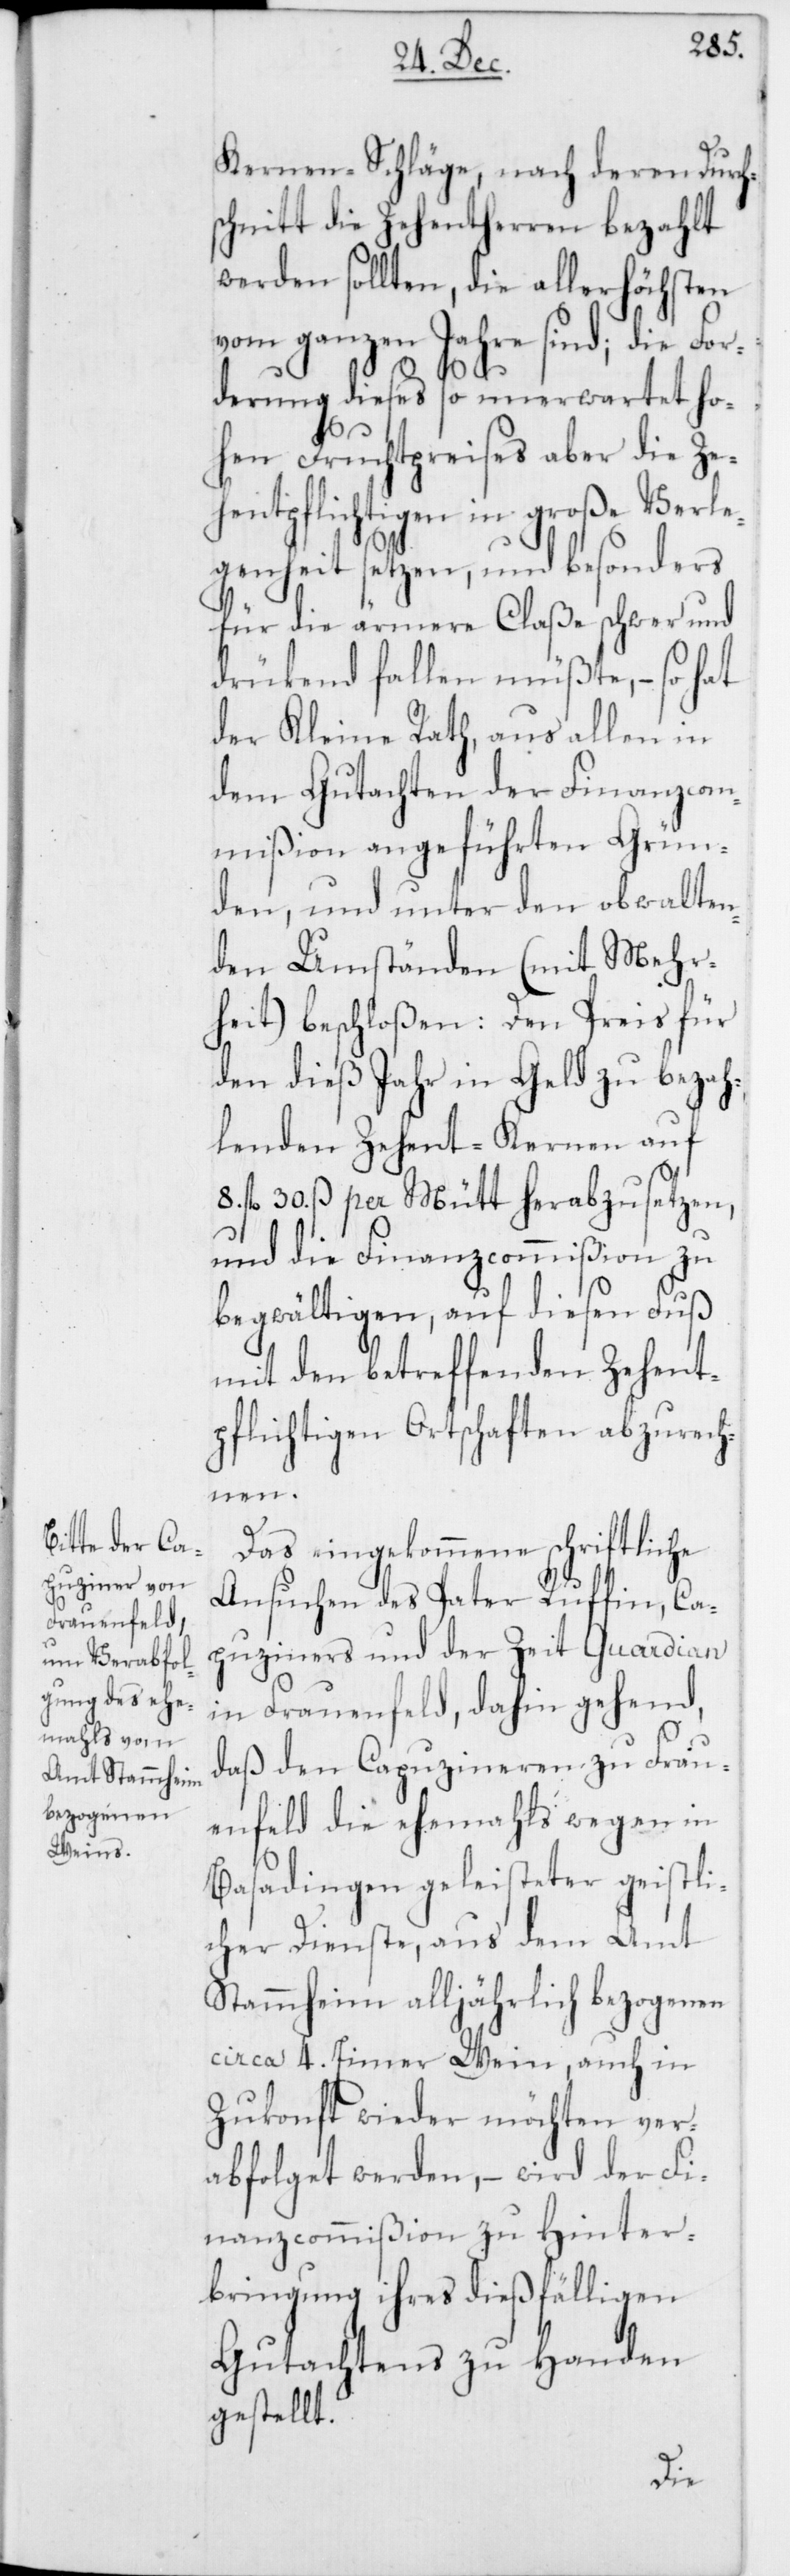
Kernen-Schläge, nach deren Durch¬
schnitt die Zehentherren bezahlt
werden sollten, die allerhöchsten
vom ganzen Jahre sind; die For¬
8.
derung dieses so unerwartet ho¬
hen Fruchtpreises aber die Ze¬
hentpflichtigen in große Verle¬
genheit setzen, und besonders
für die ärmere Claße schwer und
drükend fallen müßte, – so hat
der Kleine Rath, aus allen in
dem Gutachten der Finanzcom¬
mißion angeführten Grün¬
den, und unter den obwalten¬
den Umständen (mit Mehr¬
heit) beschloßen: Den Preis für
den dieß Jahr in Geld zu bezah¬
lenden Zehent-Kernen auf
fl. 30. ß per Mütt herabzusetzen,
und die Finanzcommißion zu
begwältigen, auf diesen Fuß
mit den betreffenden Zehent¬
pflichtigen Ortschaften abzurech¬
nen.
Das eingekommene schriftliche
Ansuchen des Pater Ruffin, Ca¬
puziners und der Zeit Guardian
in Frauenfeld, dahin gehend,
daß den Capuzineren zu Frau¬
enfeld die ehemahls wegen in
Basadingen geleisteter geistli¬
cher Dienste, aus dem Amt
Stammheim alljährlich bezogenen
circa 4. Eimer Wein, auch in
Zukonft wieder möchten ver¬
abfolget werden, – wird der Fi¬
nanzcommißion zu Hinter¬
bringung ihres dießfälligen
Gutachtens zu Handen
gestellt.